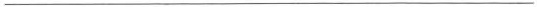
___